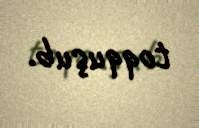
toqquşub.